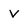
Character: v